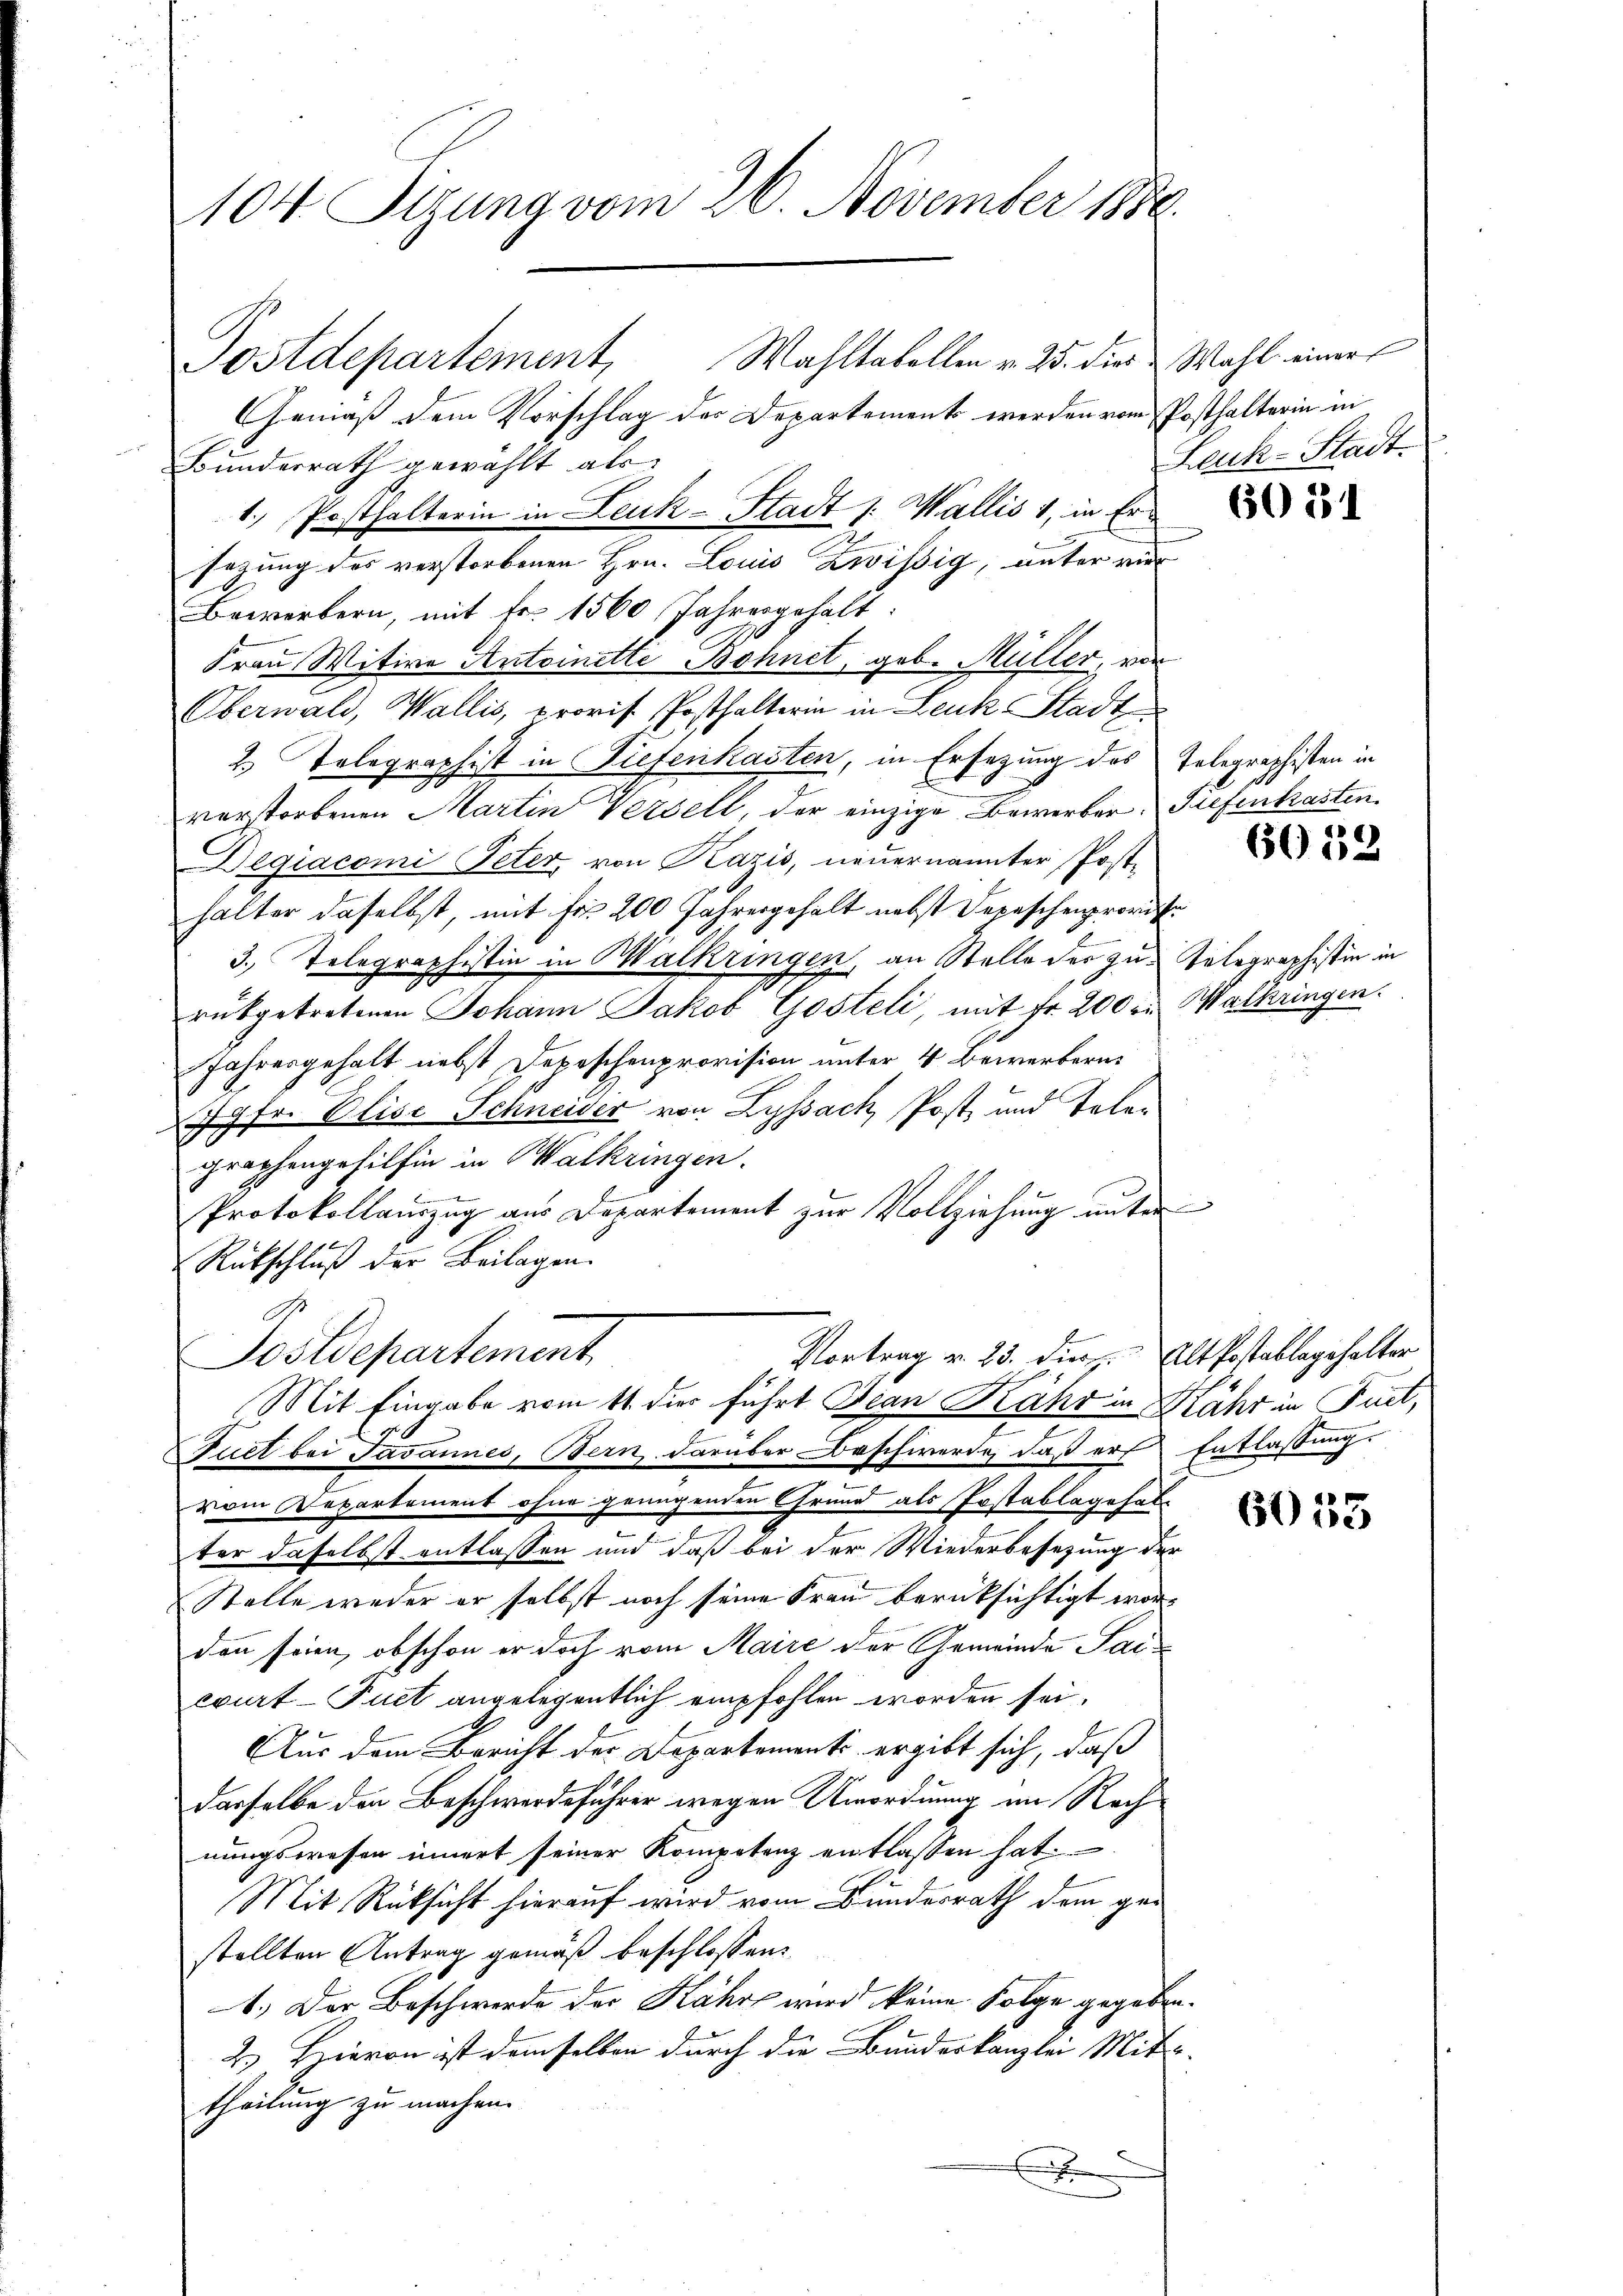
104 Sizung vom 26. November 1880.

Postdepartement, Wahltabellen v. 25. dies Wahl einer
Gemäß dem Vorschlag der Departement werden vom Posthalterin in
Bunderrath gewählt als
1. Posthalterin in Leuk-Stadt s. Wallis 1, in Er
sezung des verstorbenen Hrn. Louis Zwissig, unter vier
Bewerkern, mit Fr. 1560 Jahresgehalt:
Frau Witwe Antoinette Bohnet, geb. Müller, vor
Oberwald, Wallis, provis Posthalterin in Leuk Stadt
2. Telegraphist in Tiefenkasten, in Ersezung des Telegraphisten in
verstorbenen Martin Versell, der einzige Bewerber, Tiefenkasten.
Deqiacomi Peter, von Kazis, neuernannter Post-
halter daselbst, mit fr. 200 Jahresgehalt nebst Depeschenprovis
3. Telegraphistin in Walkringen, an Stelle der zu Telegraphistin in
rükgetretenen Johann Jakob Gosteli, mit Fr. 200 r. Walkringen.
Jahresgehalt nebst Depeschenprovision unter 4 Bewerbern.
Jgfr. Elise Schneider von Lyssach Post, und Telegraphengehilfen in Walkringen.
Protokollauszug aus Departement zur Vollziehung unter
Rütschluß der Beilagen.
G.
Vortrag v. 23. Dier. Alt Postablagehalter
Postdepartement
Mit Eingabe vom 11. dies führt Jean Kähr in Mähr in Furt,
Puet bei Javannes, Bern darüber Beschwerde, daß er Entlassung.
vom Departement ohne genügenden Grund als Postablagehal-
ter daselbst entlassen und daß bei der Wiederbesezung der
Stelle weder er selbst noch seine Frau berücksichtigt wordenn seien, obschon er doch vom Maire der Gemeinde Parcourt-Fuct angelegentlich empfohlen worden sei.
Aus dem Bericht der Departement ergibt sich, daß
derselbe den Beschwerdeführer wegen Unordnung im Rechnungswesen innert seiner Kompetenz entlassen hat.
Mit Rücksicht hierauf wird vom Bundesrath dem geistellten Antrag gemäß beschlossen:
1.) Der Beschwerde des Kähre wird keine Folge gegeben.
2. Hievon ist demselben durch die Bundeskanzlei Mit-
theilung zu machen.
x

Leuk-Stadt

6051

4

60112

6033